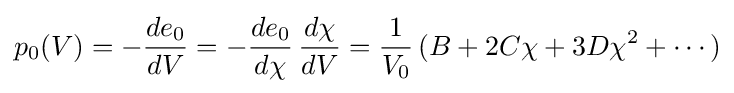
p_{0}(V)=-{\frac {de_{0}}{dV}}=-{\frac {de_{0}}{d\chi }}\,{\frac {d\chi }{dV}}={\frac {1}{V_{0}}}\,(B+2C\chi +3D\chi ^{2}+\cdots )